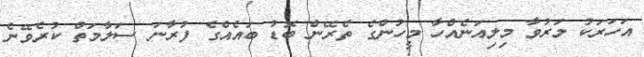
އަހަރަކު މަރުވާ މިލިއަނެއްހާ މީހުންގެ ތެރޭން ބޮޑު ބައެއްގެ ފުރާނަ ސަލާމަތް ކުރެވޭނެ